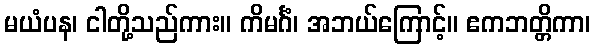
မယံပန၊ ငါတို့သည်ကား။ ကိမင်္ဂံ၊ အဘယ်ကြောင့်။ ဧကဘတ္တိကာ၊